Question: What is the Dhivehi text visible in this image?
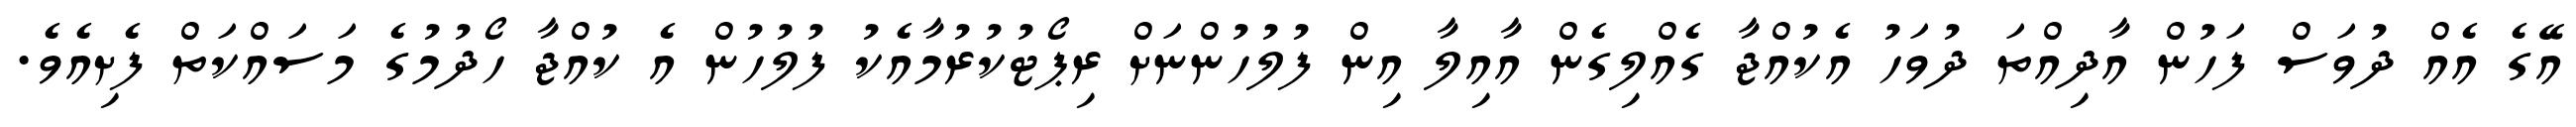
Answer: އޭގެ އެއް ދުވަސް ފަހުން އާދިއްތަ ދުވަހު އެކުއްޖާ ގެއްލިގެން އާއިލާ އިން ފުލުހުންނަށް ރިޕޯޓުކުރުމާއެކު ފުލުހުން އެ ކުއްޖާ ހޯދުމުގެ މަސައްކަތް ފެށިއެވެ.